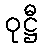
ဝုဋ္ဌီ